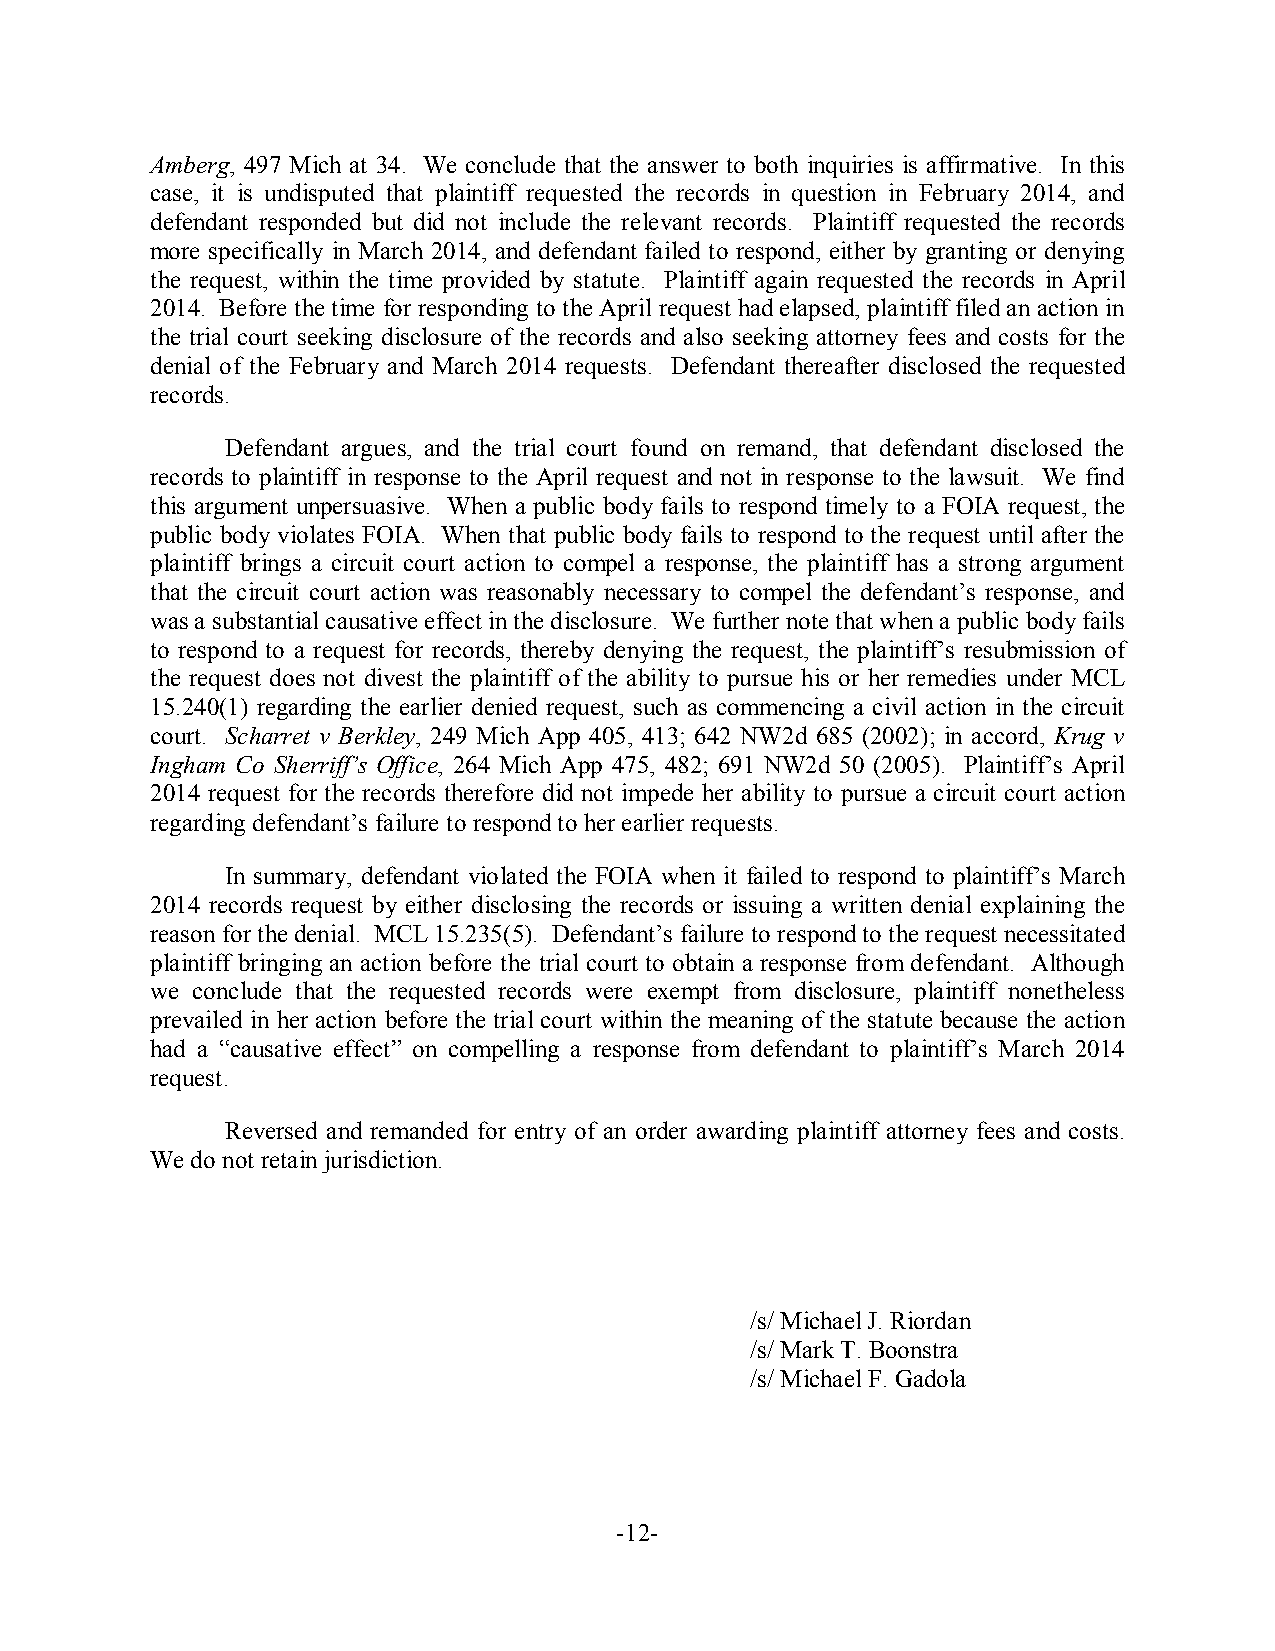
Amberg, 497 Mich at 34. We conclude that the answer to both inquiries is affirmative. In this
 case, it is undisputed that plaintiff requested the records in question in February 2014, and
 defendant responded but did not include the relevant records. Plaintiff requested the records
 more specifically in March 2014, and defendant failed to respond, either by granting or denying
 the request, within the time provided by statute. Plaintiff again requested the records in April
 2014. Before the time for responding to the April request had elapsed, plaintiff filed an action in
 the trial court seeking disclosure of the records and also seeking attorney fees and costs for the
 denial of the February and March 2014 requests. Defendant thereafter disclosed the requested
 records.
 Defendant argues, and the trial court found on remand, that defendant disclosed the
 records to plaintiff in response to the April request and not in response to the lawsuit. We find
 this argument unpersuasive. When a public body fails to respond timely to a FOIA request, the
 public body violates FOIA. When that public body fails to respond to the request until after the
 plaintiff brings a circuit court action to compel a response, the plaintiff has a strong argument
 that the circuit court action was reasonably necessary to compel the defendant’s response, and
 was a substantial causative effect in the disclosure. We further note that when a public body fails
 to respond to a request for records, thereby denying the request, the plaintiff’s resubmission of
 the request does not divest the plaintiff of the ability to pursue his or her remedies under MCL
 15.240(1) regarding the earlier denied request, such as commencing a civil action in the circuit
 court. Scharret v Berkley, 249 Mich App 405, 413; 642 NW2d 685 (2002); in accord, Krug v
 Ingham Co Sherriff’s Office, 264 Mich App 475, 482; 691 NW2d 50 (2005). Plaintiff’s April
 2014 request for the records therefore did not impede her ability to pursue a circuit court action
 regarding defendant’s failure to respond to her earlier requests.
 In summary, defendant violated the FOIA when it failed to respond to plaintiff’s March
 2014 records request by either disclosing the records or issuing a written denial explaining the
 reason for the denial. MCL 15.235(5). Defendant’s failure to respond to the request necessitated
 plaintiff bringing an action before the trial court to obtain a response from defendant. Although
 we conclude that the requested records were exempt from disclosure, plaintiff nonetheless
 prevailed in her action before the trial court within the meaning of the statute because the action
 had a “causative effect” on compelling a response from defendant to plaintiff’s March 2014
 request.
 Reversed and remanded for entry of an order awarding plaintiff attorney fees and costs.
 We do not retain jurisdiction.
 /s/ Michael J. Riordan
 /s/ Mark T. Boonstra
 /s/ Michael F. Gadola
 -12-